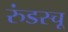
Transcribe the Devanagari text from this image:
रुंडस्चू